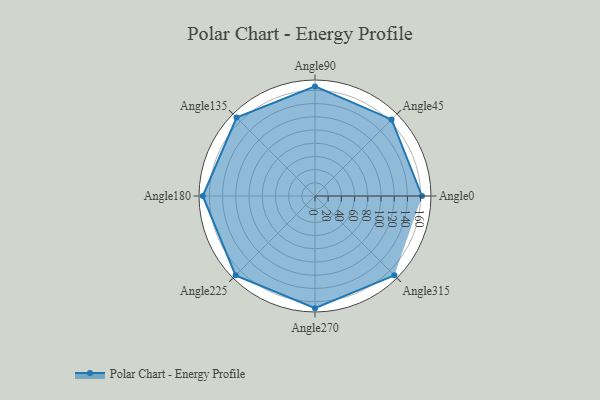
{"axis": {"x": "Angle", "y": "Radius"}, "legend": [""], "data": [{"x": "Angle0", "y": 162.0, "type": ""}, {"x": "Angle45", "y": 164.0, "type": ""}, {"x": "Angle90", "y": 166.0, "type": ""}, {"x": "Angle135", "y": 168.0, "type": ""}, {"x": "Angle180", "y": 170, "type": ""}, {"x": "Angle225", "y": 170, "type": ""}, {"x": "Angle270", "y": 170, "type": ""}, {"x": "Angle315", "y": 170, "type": ""}]}